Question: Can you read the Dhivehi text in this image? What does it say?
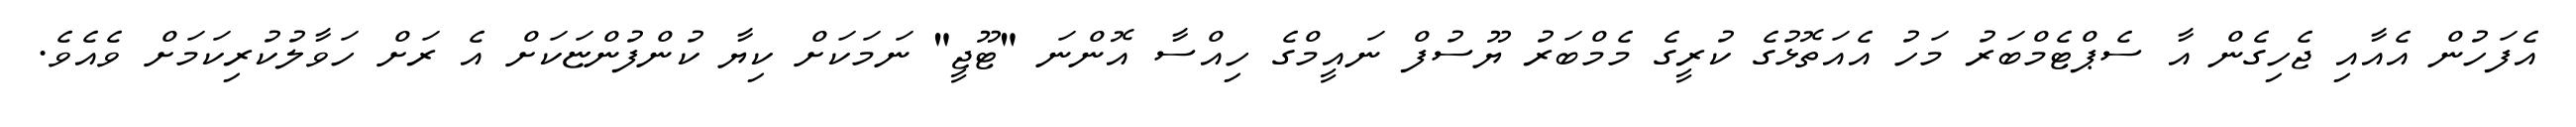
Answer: އެފަހުން އެއާއި ޖެހިގެން އާ ސެޕްޓެމްބަރު މަހު އެއަތޮޅުގެ ކުރީގެ މެމްބަރު ޔޫސުފް ނައީމްގެ ހިއްސާ އޮންނަ "ޓޫޖީ" ނަމަކަށް ކިޔާ ކުންފުންޏަކަށް އެ ރަށް ހަވާލުކުރިކަމަށް ވެއެވެ.